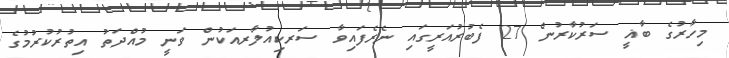
މިހާރުގެ ބާޣީ ސަރުކާރުން 27 ފެބުރުއަރީގައި ނެރެފައިވާ ސަރކިއުލާރއަކުން ވަނީ މުއްދަތު އިތުރުކުރުމުގެ